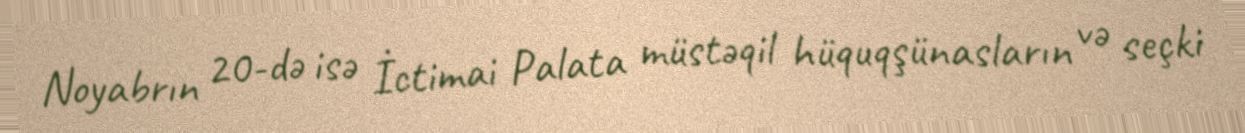
Noyabrın 20-də isə İctimai Palata müstəqil hüquqşünasların və seçki